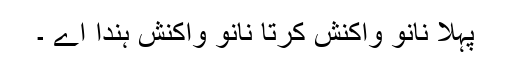
پہلا نانوَ واکنش کرتا نانوَ واکنش ہندا اے ۔